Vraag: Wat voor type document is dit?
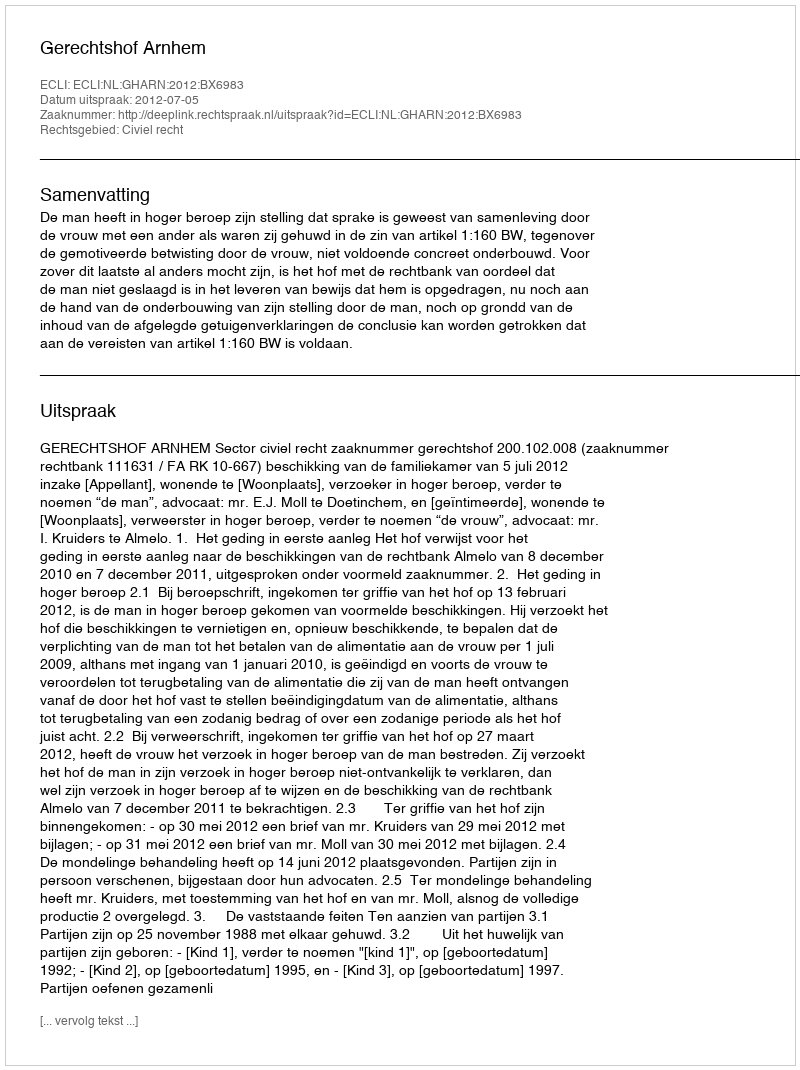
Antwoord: Uitspraak